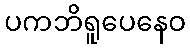
ပကဘိရူပေနေဝ